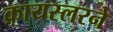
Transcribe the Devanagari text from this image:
क्रायस्लरने